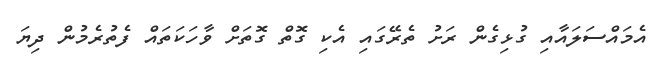
އެމައްސަލައާއި ގުޅިގެން ރަށު ތެރޭގައި އެކި ގޮތް ގޮތަށް ވާހަކަތައް ފެތުރެމުން ދިޔަ